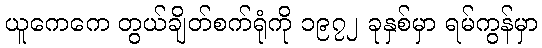
ယူကေကေ တွယ်ချိတ်စက်ရုံကို ၁၉၇၂ ခုနှစ်မှာ ရမ်ကွန်မှာ